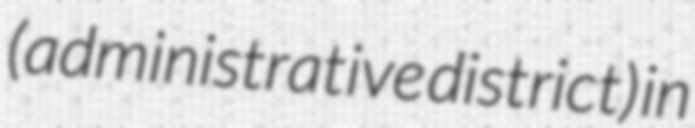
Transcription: (administrative district) in